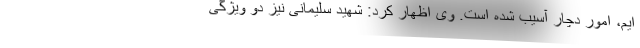
ایم، امور دچار آسیب شده است. وی اظهار کرد: شهید سلیمانی نیز دو ویژگی